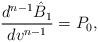
LaTeX: \begin{align*} \frac{d^{n-1}\hat{B}_1}{dv^{n-1}}=P_0,\end{align*}